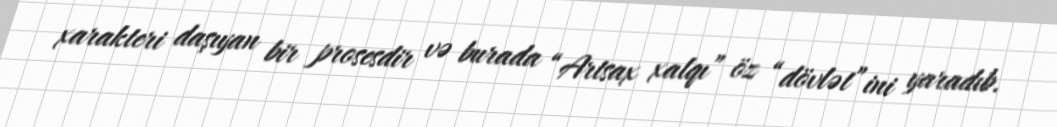
xarakteri daşıyan bir prosesdir və burada “Artsax xalqı” öz “dövlət”ini yaradıb.